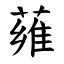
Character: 䔨